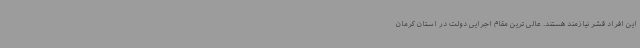
این افراد قشر نیازمند هستند. عالی ترین مقام اجرایی دولت در استان کرمان